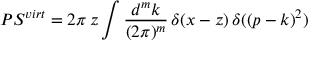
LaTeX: P S ^ { v i r t } = 2 \pi \, z \int \frac { d ^ { m } k } { ( 2 \pi ) ^ { m } } \, \delta ( x - z ) \, \delta ( ( p - k ) ^ { 2 } )